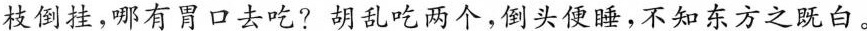
枝倒挂，哪有胃口去吃?胡乱吃两个，倒头便睡，不知东方之既白。